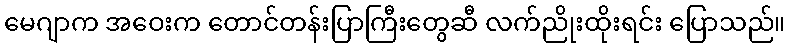
မေဂျာက အဝေးက တောင်တန်းပြာကြီးတွေဆီ လက်ညိုးထိုးရင်း ပြောသည်။